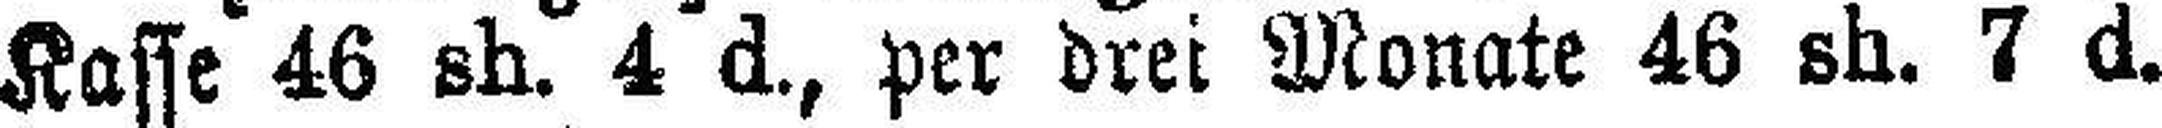
Kasse 46 sh. 4 d., per drei Monate 46 sh. 7 d.